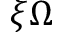
\xi \Omega